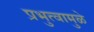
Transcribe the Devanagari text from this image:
प्रभुत्वामुळे